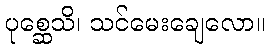
ပုစ္ဆေသိ၊ သင်မေးချေလော။